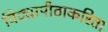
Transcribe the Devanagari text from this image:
विद्यापीठाकरिता